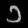
Digit: ၁